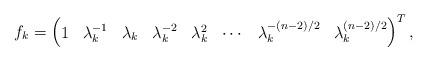
LaTeX: \begin{align*}f_k=\begin{pmatrix}1&\lambda_k^{-1}&\lambda_k&\lambda_k^{-2}&\lambda_k^{2}&\cdots&\lambda_k^{-(n-2)/2}&\lambda_k^{(n-2)/2}\end{pmatrix}^T,\end{align*}